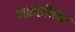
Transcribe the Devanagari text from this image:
माइसीनाए